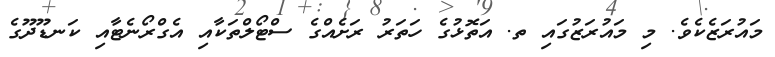
މައުރަޒެކެވެ. މި މައުރަޒުގައި ތ. އަތޮޅުގެ ހަތަރު ރަށެއްގެ ސްޓޯލްތަކާއި އެގްރޯނެޓާއި ކަނޑޫދޫގެ